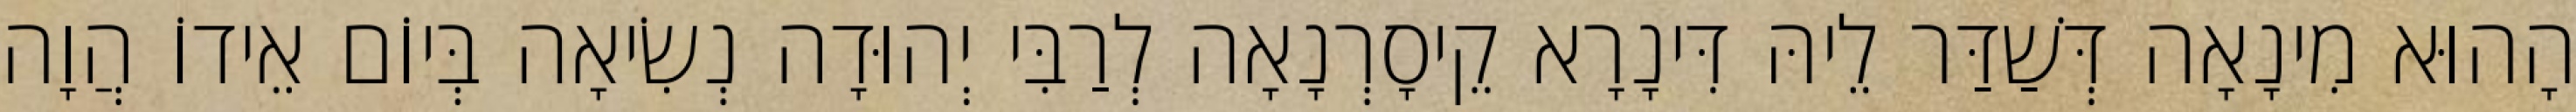
הָהוּא מִינָאָה דְּשַׁדַּר לֵיהּ דִּינָרָא קֵיסָרְנָאָה לְרַבִּי יְהוּדָה נְשִׂיאָה בְּיוֹם אֵידוֹ הֲוָה